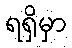
ရရှိမှာ